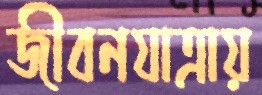
জীবনযাত্রায়